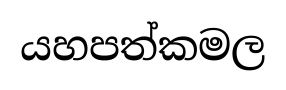
යහපත්කමල